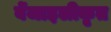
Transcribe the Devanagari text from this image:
बेंजाइलीकृत